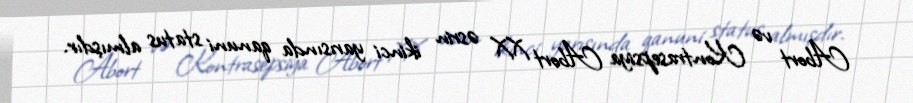
Abort və Kontrasepsiya Abort XX əsrin ikinci yarısında qanuni status almışdır.